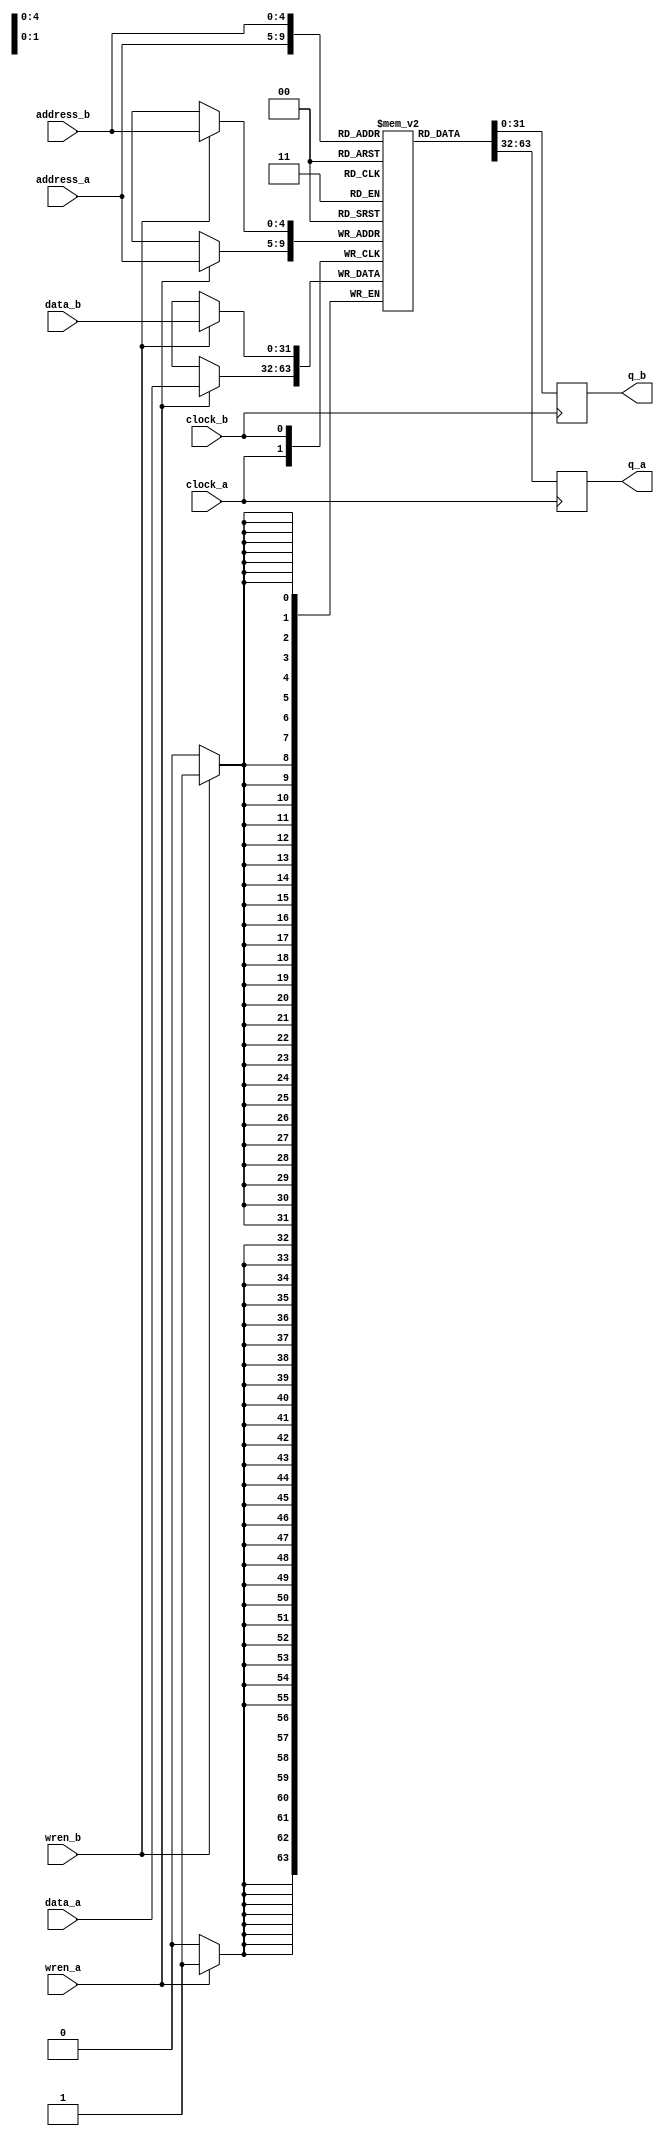
module duram(
data_a,
data_b,
wren_a,
wren_b,
address_a,
address_b,
clock_a,
clock_b,
q_a,
q_b);   //synthesis syn_black_box

parameter DATA_WIDTH    = 32; 
parameter ADDR_WIDTH    = 5;  
parameter BLK_RAM_TYPE  = "AUTO";
parameter DURAM_MODE    = "BIDIR_DUAL_PORT";
parameter ADDR_DEPTH    = 2**ADDR_WIDTH;



input   [DATA_WIDTH -1:0]   data_a;
input                       wren_a;
input   [ADDR_WIDTH -1:0]   address_a;
input                       clock_a;
output  [DATA_WIDTH -1:0]   q_a;
input   [DATA_WIDTH -1:0]   data_b;
input                       wren_b;
input   [ADDR_WIDTH -1:0]   address_b;
input                       clock_b;
output  [DATA_WIDTH -1:0]   q_b;


reg [DATA_WIDTH-1:0] memory[ADDR_DEPTH-1:0];
reg [DATA_WIDTH -1:0] rdata_a;
reg [DATA_WIDTH -1:0] rdata_b;


always @(posedge clock_a) begin
    if (wren_a) begin
        memory[address_a] <= data_a;
    end
end

always @(posedge clock_b) begin
    if (wren_b) begin
        memory[address_b] <= data_b;
    end
end

always @(posedge clock_a) begin
    rdata_a <= memory[address_a];
end

always @(posedge clock_b) begin
    rdata_b <= memory[address_b];
end

assign q_a = rdata_a;
assign q_b = rdata_b;

// altsyncram U_altsyncram (
// .wren_a         (wren_a),
// .wren_b         (wren_b),
// .data_a         (data_a),
// .data_b         (data_b),
// .address_a      (address_a),
// .address_b      (address_b),
// .clock0         (clock_a),
// .clock1         (clock_b),
// .q_a            (q_a),
// .q_b            (q_b),
// // synopsys translate_off
// .aclr0 (),
// .aclr1 (),
// .addressstall_a (),
// .addressstall_b (),
// .byteena_a (),
// .byteena_b (),
// .clocken0 (),
// .clocken1 (),
// .rden_b ()
// // synopsys translate_on
// );
//     defparam
//         U_altsyncram.intended_device_family = "Stratix",
//         U_altsyncram.ram_block_type = BLK_RAM_TYPE,
//         U_altsyncram.operation_mode = DURAM_MODE,
//         U_altsyncram.width_a = DATA_WIDTH,
//         U_altsyncram.widthad_a = ADDR_WIDTH,
// //      U_altsyncram.numwords_a = 256,
//         U_altsyncram.width_b = DATA_WIDTH,
//         U_altsyncram.widthad_b = ADDR_WIDTH,
// //      U_altsyncram.numwords_b = 256,
//         U_altsyncram.lpm_type = "altsyncram",
//         U_altsyncram.width_byteena_a = 1,
//         U_altsyncram.width_byteena_b = 1,
//         U_altsyncram.outdata_reg_a = "UNREGISTERED",
//         U_altsyncram.outdata_aclr_a = "NONE",
//         U_altsyncram.outdata_reg_b = "UNREGISTERED",
//         U_altsyncram.indata_aclr_a = "NONE",
//         U_altsyncram.wrcontrol_aclr_a = "NONE",
//         U_altsyncram.address_aclr_a = "NONE",
//         U_altsyncram.indata_reg_b = "CLOCK1",
//         U_altsyncram.address_reg_b = "CLOCK1",
//         U_altsyncram.wrcontrol_wraddress_reg_b = "CLOCK1",
//         U_altsyncram.indata_aclr_b = "NONE",
//         U_altsyncram.wrcontrol_aclr_b = "NONE",
//         U_altsyncram.address_aclr_b = "NONE",
//         U_altsyncram.outdata_aclr_b = "NONE",
//         U_altsyncram.power_up_uninitialized = "FALSE";
 
endmodule